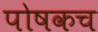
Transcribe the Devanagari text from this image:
पोषकच